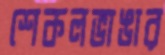
শেকলভাঙার